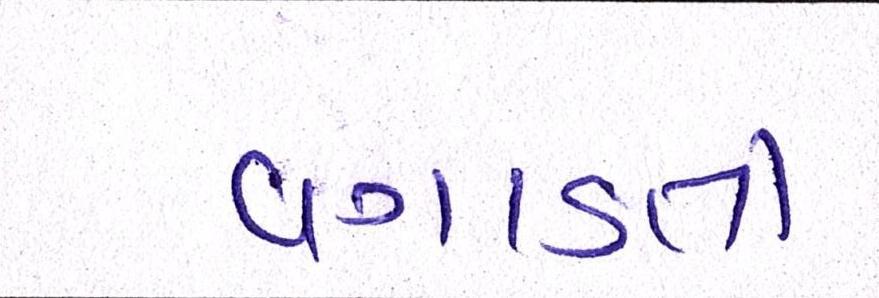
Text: વગાડતો